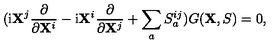
( \mathrm { i } { \bf X } ^ { j } \frac { \partial } { \partial { \bf X } ^ { i } } - \mathrm { i } { \bf X } ^ { i } \frac { \partial } { \partial { \bf X } ^ { j } } + \sum _ { a } S _ { a } ^ { i j } ) G ( { \bf X } , S ) = 0 ,